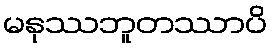
မနုဿဘူတဿာပိ